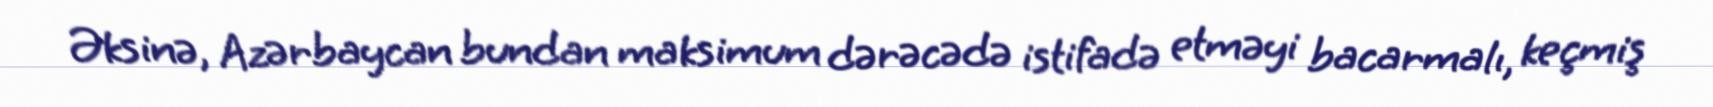
Əksinə, Azərbaycan bundan maksimum dərəcədə istifadə etməyi bacarmalı, keçmiş